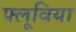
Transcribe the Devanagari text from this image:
फ्लूविया